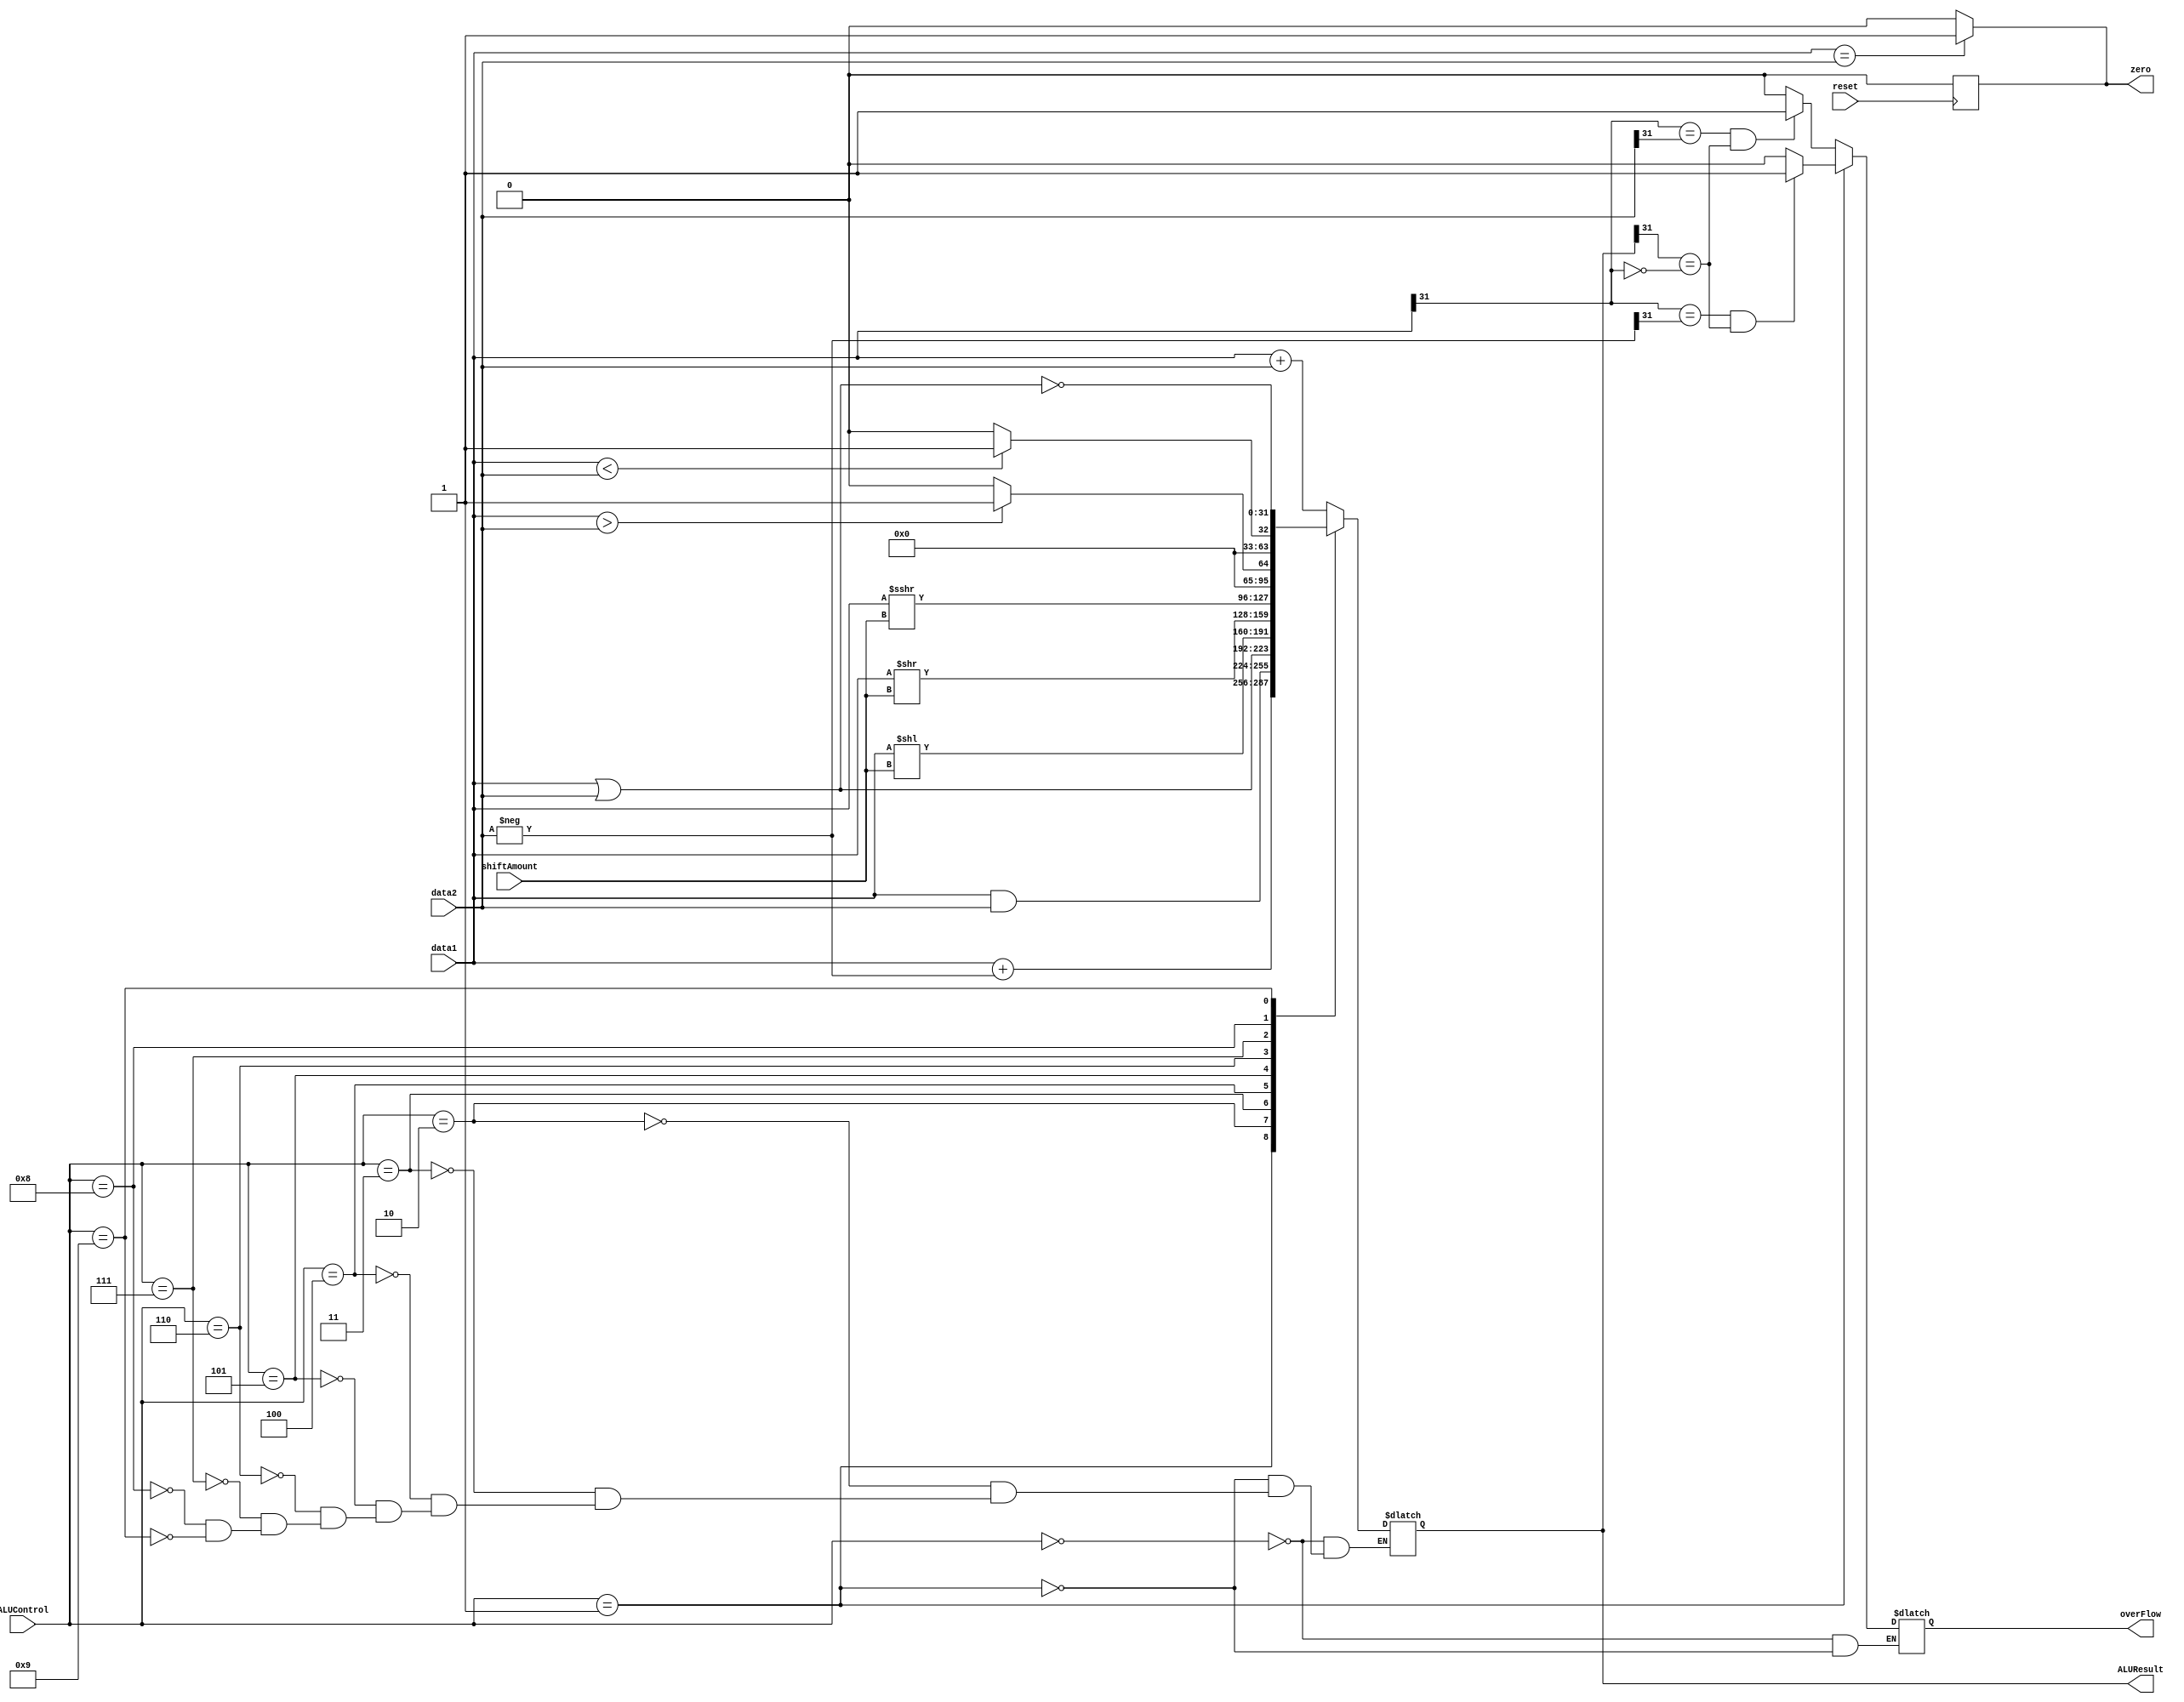
module ALU32Bit(data1, data2, ALUControl, shiftAmount, overFlow, zero, ALUResult, reset);

input wire reset;
input wire signed [31:0] data1,data2;
input wire [3:0] ALUControl;
input wire [4:0] shiftAmount;
output reg overFlow, zero;
output reg signed [31:0] ALUResult;

wire [31:0] neg_data2;
assign neg_data2 = -data2;

parameter ADD = 4'b0000;
parameter SUB = 4'b0001;
parameter AND = 4'b0010;
parameter OR = 4'b0011;
parameter SHFT_L = 4'b0100;
parameter SHFT_R_L = 4'b0101;
parameter SHFT_R_A = 4'b0110;
parameter GREATER = 4'b0111;
parameter LESS = 4'b1000;
parameter NOR = 4'b1001;

always @(posedge reset) zero <= 1'b0;

always @(ALUControl, data1, data2)
begin

if(data1 == data2)
zero <= 1'b1;
else
zero <= 1'b0;

case(ALUControl)

ADD: 
	begin	
	ALUResult <= data1 + data2;
	if(data1[31] == data2[31] && ALUResult[31] == ~data1[31])
	overFlow <= 1'b1;
	else
	overFlow <= 1'b0;
	end

SUB:
	begin
	ALUResult <= data1 + neg_data2;
	if(data1[31] == neg_data2[31] && ALUResult[31] == ~data1[31])
	overFlow <= 1'b1;
	else
	overFlow <= 1'b0;
	end
	
AND:
	ALUResult <= data1 & data2;

OR:
	ALUResult <= data1 | data2;

SHFT_L:
	ALUResult <= data1 << shiftAmount;

SHFT_R_L:
	ALUResult <= data1 >> shiftAmount;

SHFT_R_A:
	ALUResult <= data1 >>> shiftAmount;

GREATER:
	begin
	if(data1 > data2)
	ALUResult <= 1;
	else
	ALUResult <= 0;
	end

LESS:
	begin
	if(data1 < data2)
	ALUResult <= 1;
	else
	ALUResult <= 0;
	end

NOR:
	begin
	ALUResult <= ~(data1 | data2);
	end

endcase
end

endmodule